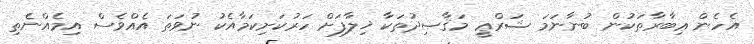
އެހެން ޢިބާރާތަކުން ބުނާނަމަ ޝަރްޢީ މަޤާޞިދުތަކާ ޚިލާފަށް ހަރުކަށިކަމާއެކު ނުވަތަ އެއްވެސް އިމެއްނެތި